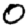
Digit: 0